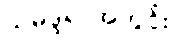
သမုဒ္ဒရာအတွင်း